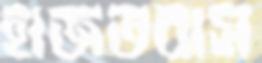
হাজতবাস